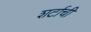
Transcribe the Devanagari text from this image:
शर्टाची